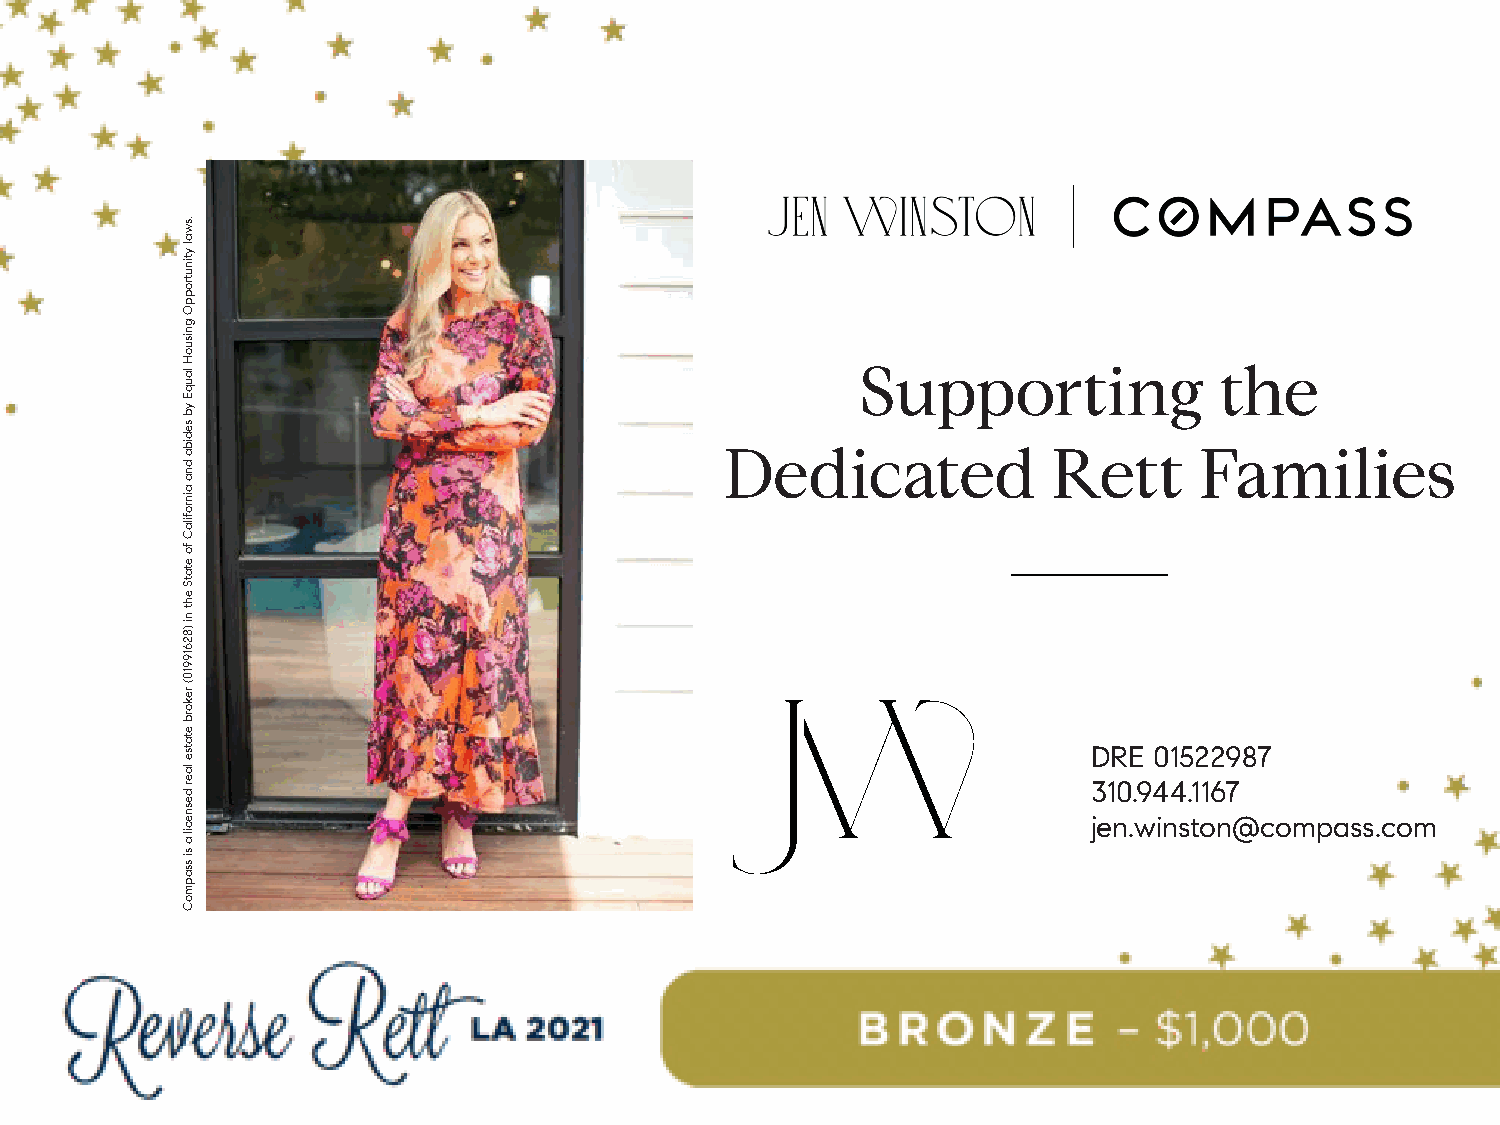
Supporting              the
 Dedicated             Rett     Families
 DRE 01522987
 310.944.1167
 jen.winston@compass.com
 .swal
 ytinutroppO
 gnisuoH
 lauqE
 yb
 sediba
 dna
 ainrofilaC
 fo
 etatS
 eht
 ni
 )82619910(
 rekorb
 etatse
 laer
 desnecil
 a
 si
 ssapmoC